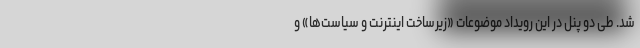
شد. طی دو پنل در این رویداد موضوعات «زیرساخت اینترنت و سیاست‌ها» و